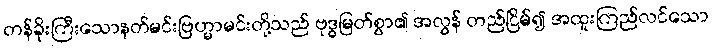
တန်ခိုးကြီးသောနတ်မင်းဗြဟ္မာမင်းတို့သည် ဗုဒ္ဓမြတ်စွာ၏ အလွန် တည်ငြိမ်၍ အထူးကြည်လင်သော